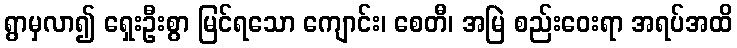
ရွာမှလာ၍ ရှေးဦးစွာ မြင်ရသော ကျောင်း၊ စေတီ၊ အမြဲ စည်းဝေးရာ အရပ်အထိ